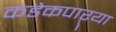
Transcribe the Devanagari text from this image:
कडेकपाऱ्या